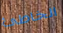
الخاطئ